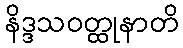
နိဒ္ဒသဝတ္ထုနာတိ